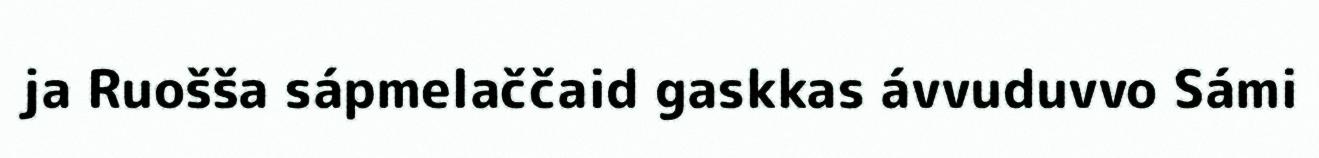
ja Ruošša sápmelaččaid gaskkas ávvuduvvo Sámi